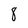
Character: 8